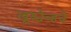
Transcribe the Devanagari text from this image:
ख्रुश्चेव्हचे